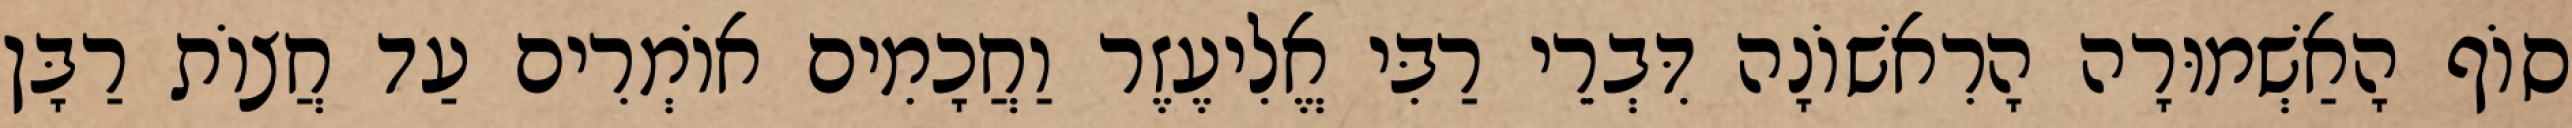
סוֹף הָאַשְׁמוּרָה הָרִאשׁוֹנָה דִּבְרֵי רַבִּי אֱלִיעֶזֶר וַחֲכָמִים אוֹמְרִים עַד חֲצוֹת רַבָּן